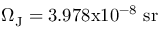
\Omega _ { \mathrm { J } } = 3 . 9 7 8 \mathrm { x } 1 0 ^ { - 8 } ~ \mathrm { s r }